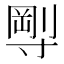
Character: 𡬼